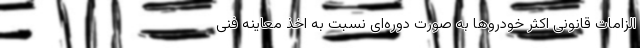
الزامات قانونی اکثر خودروها به صورت دوره‌ای نسبت به اخذ معاینه فنی